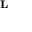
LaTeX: \scriptstyle { \mathbf { L } }